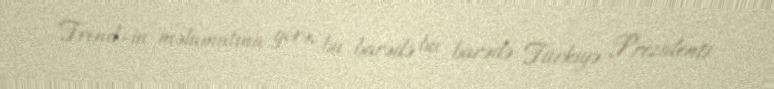
Trend-in məlumatına görə, bu barədə bu barədə Türkiyə Prezidenti